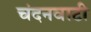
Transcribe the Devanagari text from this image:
चंदनवाटी